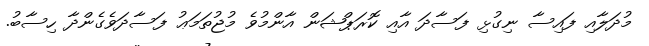
މުދަލާއި ފައިސާ ނިގުޅި ފަސާދަ އާއި ކޮރަޕްޝަން އާންމުވެ މުޖުތަމަޢު ފަސާދަވެގެންދާ ހިސާބު.